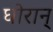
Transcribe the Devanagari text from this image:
घोरान्